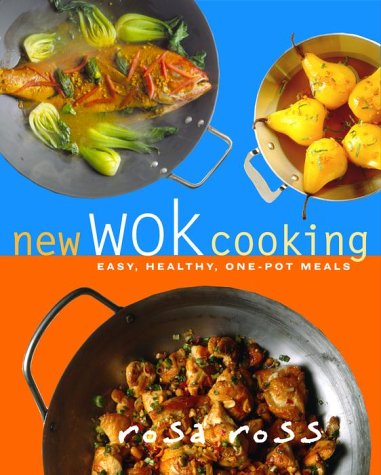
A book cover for New Wok Cooking: Easy, Healthy, One-Pot Meals; Rosa Ross; Cookbooks, Food & Wine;